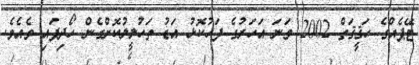
ޓޭޕެއްގެ ޙަޤީޤަތް 2002 ވަނަ އަހަރުގެ ފަހުކޮޅު އަޑު ތަހުލީލުކޮށްގެން ހޯދިފައި ވެއެވެ.